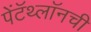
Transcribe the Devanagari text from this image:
पेंटॅथ्लॉनची